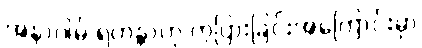
အနာဂါမ် ရဟန္တာဟု ကွဲပြားခြင်းအကြောင်းမှာ